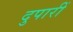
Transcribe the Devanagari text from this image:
दुपारीं